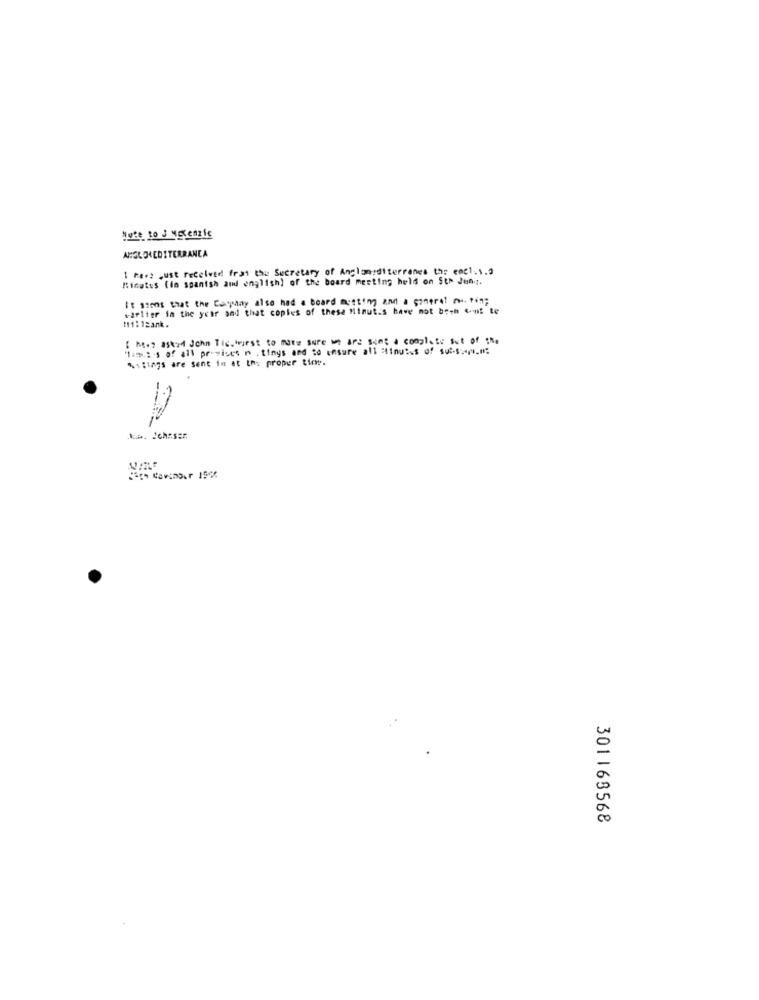
Note to J NEcenzie
ANGLOMEDITERRANEA
1 her: just received from the Secretary of Anclanditerrones the enct. s.
Minutes (in spanish and english) of the board meeting held on St> Jun .:.
It szons that the Camay also had a board metting am a ponerel metin;
earlier in the year and that copies of these Minut.s have not beth ont te
11:12ank.
[ h.7 asked John Tic.hurst to mate Sure we are sent a complete Set of the
'1:5 .: s of all privises n . tings and to ensure all "inutes of sub-sort_m.
%slings are sent in at the proper tie.
301163568